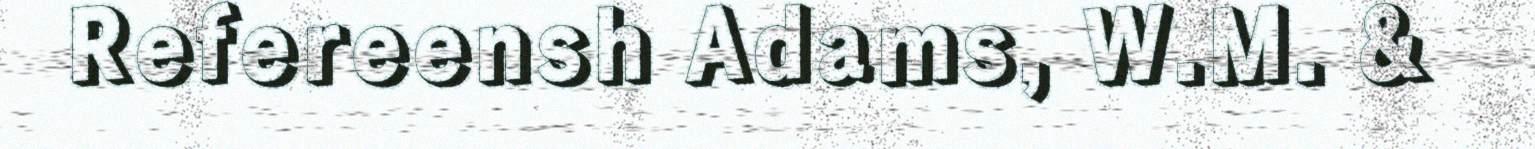
Refereensh Adams, W.M. &